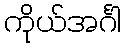
ကိုယ်အင်္ဂါ